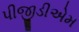
પીજીડીએમ